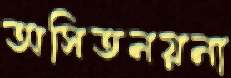
অসিতনয়না